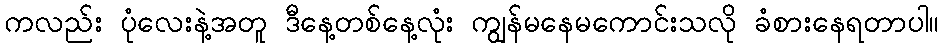
ကလည်း ပုံလေးနဲ့အတူ ဒီနေ့တစ်နေ့လုံး ကျွန်မနေမကောင်းသလို ခံစားနေရတာပါ။